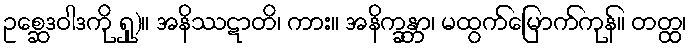
ဥစ္ဆေဒဝါဒကို ရှု)။ အနိဿဋာတိ၊ ကား။ အနိက္ခန္တာ၊ မထွက်မြောက်ကုန်။ တတ္ထ၊